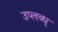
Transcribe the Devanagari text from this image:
उप्लब्ध्